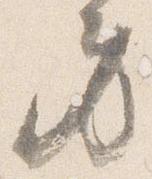
身